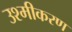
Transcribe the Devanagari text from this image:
उश्मीकरण